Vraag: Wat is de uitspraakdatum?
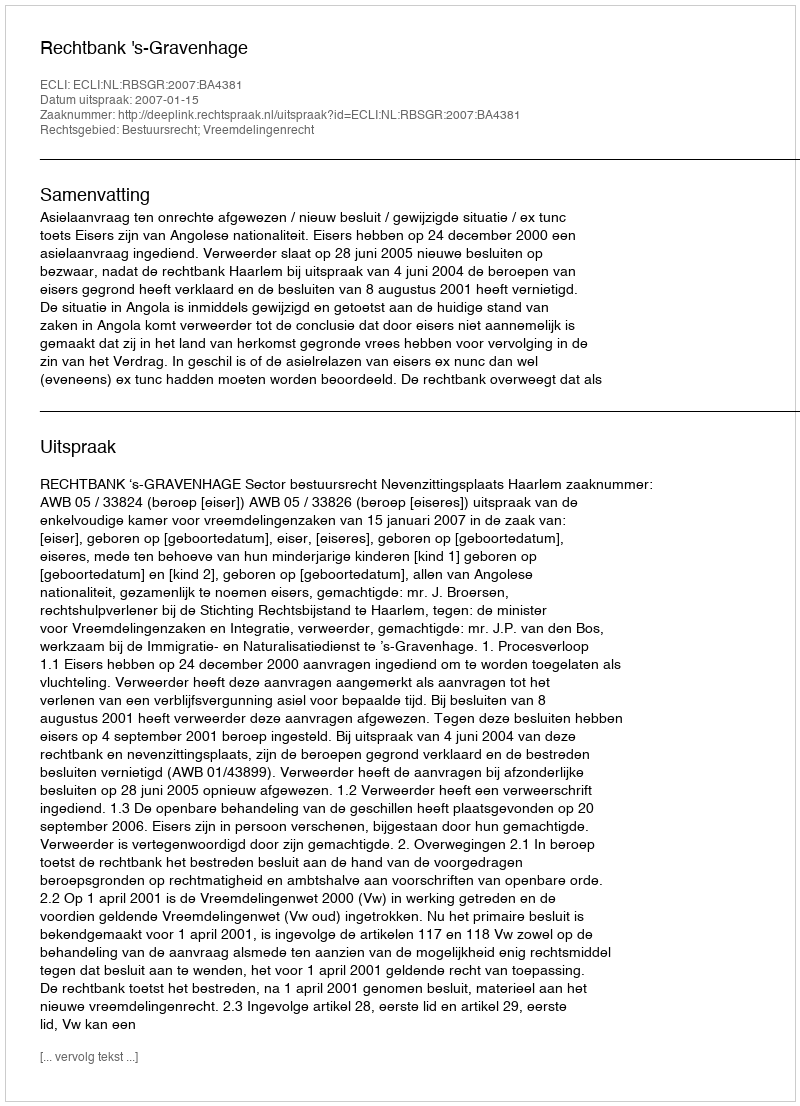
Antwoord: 2007-01-15